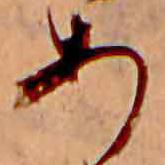
あ